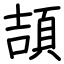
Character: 頡